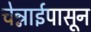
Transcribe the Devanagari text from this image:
चेन्नाईपासून